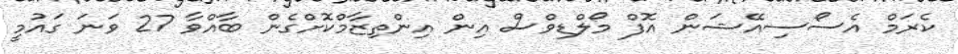
ކެރަމް އެސޯސިއޭޝަން އޮފް މޯލްޑިވްސް އިން އިންތިޒާމްކޮށްގެން ބާއްވާ 27 ވަނަ ގައުމީ